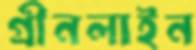
গ্রীনলাইন